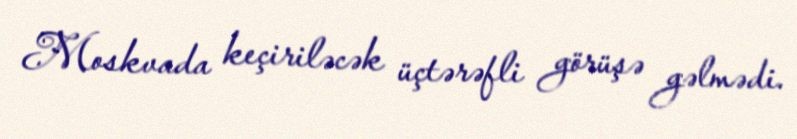
Moskvada keçiriləcək üçtərəfli görüşə gəlmədi.